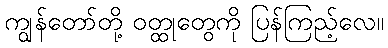
ကျွန်တော်တို့ ဝတ္ထုတွေကို ပြန်ကြည့်လေ။